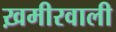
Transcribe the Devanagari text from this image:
ख़मीरवाली